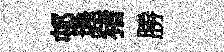
邨埠猪勝